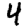
Digit: 4